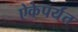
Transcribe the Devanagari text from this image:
ऐकेपर्यंत